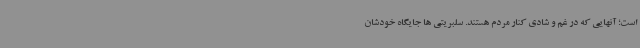
است؛ آنهایی که در غم و شادی کنار مردم هستند. سلبریتی ها جایگاه خودشان